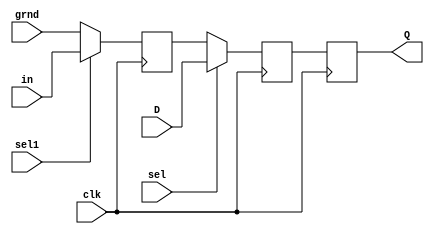
`timescale 1ns / 1ps
//////////////////////////////////////////////////////////////////////////////////
// Company: 
// Engineer: 
// 
// Design Name: 
// Module Name: D_reg
// Project Name: 
// Target Devices: 
// Tool Versions: 
// Description: 
// 
// Dependencies: 
// 
// Revision:
// Revision 0.01 - File Created
// Additional Comments:
// 
//////////////////////////////////////////////////////////////////////////////////


module D_reg(Q,in,D,grnd,sel1,sel,clk);
input in,grnd,D,sel1,sel,clk;
output reg Q;
reg out1,out2;
always@(posedge clk)
begin
if(sel1) out1=in;
else out1=grnd;
end
always@(posedge clk)
begin
if(sel) out2=D;
else out2=out1;
end
always@(posedge clk)
begin
Q<=out2;
end
endmodule